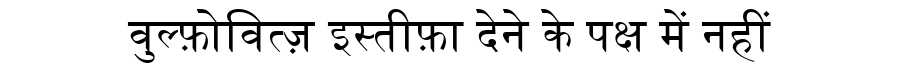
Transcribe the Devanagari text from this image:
वुल्फ़ोवित्ज़ इस्तीफ़ा देने के पक्ष में नहीं